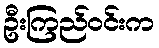
ဦးကြည်ဝင်းက